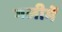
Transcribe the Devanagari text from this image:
गलीमें